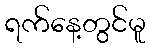
ရက်နေ့တွင်မူ